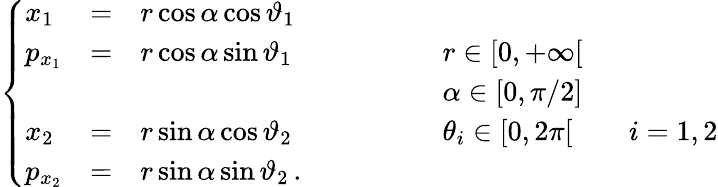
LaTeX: \left\{ \begin{array}{lcll}{x_{1}}&{=}&{r\cos\alpha\cos\vartheta_{1}}&\\ {p_{x_{1}}}&{=}&{r\cos\alpha\sin\vartheta_{1}}&{\qquad\qquad r\in[0,+\infty[}\\ &&&{\qquad\qquad\alpha\in[0,\pi/2]}\\ {x_{2}}&{=}&{r\sin\alpha\cos\vartheta_{2}}&{\qquad\qquad\theta_{i}\in[0,2\pi[\qquad i=1,2}\\ {p_{x_{2}}}&{=}&{r\sin\alpha\sin\vartheta_{2}\, .}&\end{array}\right.